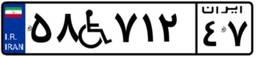
۷۴W۰۷۳۷۵